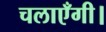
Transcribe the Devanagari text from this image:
चलाएँगी।